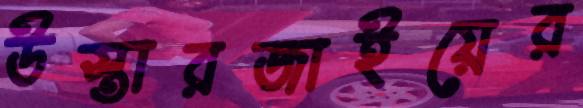
উস্তারজাইয়ের